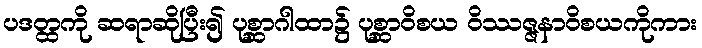
ပဒတ္ထကို ဆရာဆိုပြီး၍ ပုစ္ဆာဂါထာ၌ ပုစ္ဆာဝိစယ ဝိဿဇ္ဇနာဝိစယကိုကား